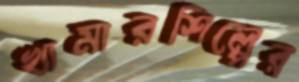
খামারশিল্পের